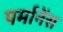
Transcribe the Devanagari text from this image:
पर्मानेंस